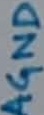
Text: AGND